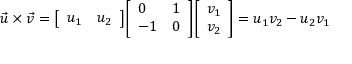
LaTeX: { \vec { u } } \times { \vec { v } } = { \left[ \begin{array} { l l } { u _ { 1 } } & { u _ { 2 } } \end{array} \right] } { \left[ \begin{array} { l l } { 0 } & { 1 } \\ { - 1 } & { 0 } \end{array} \right] } { \left[ \begin{array} { l } { v _ { 1 } } \\ { v _ { 2 } } \end{array} \right] } = u _ { 1 } v _ { 2 } - u _ { 2 } v _ { 1 }